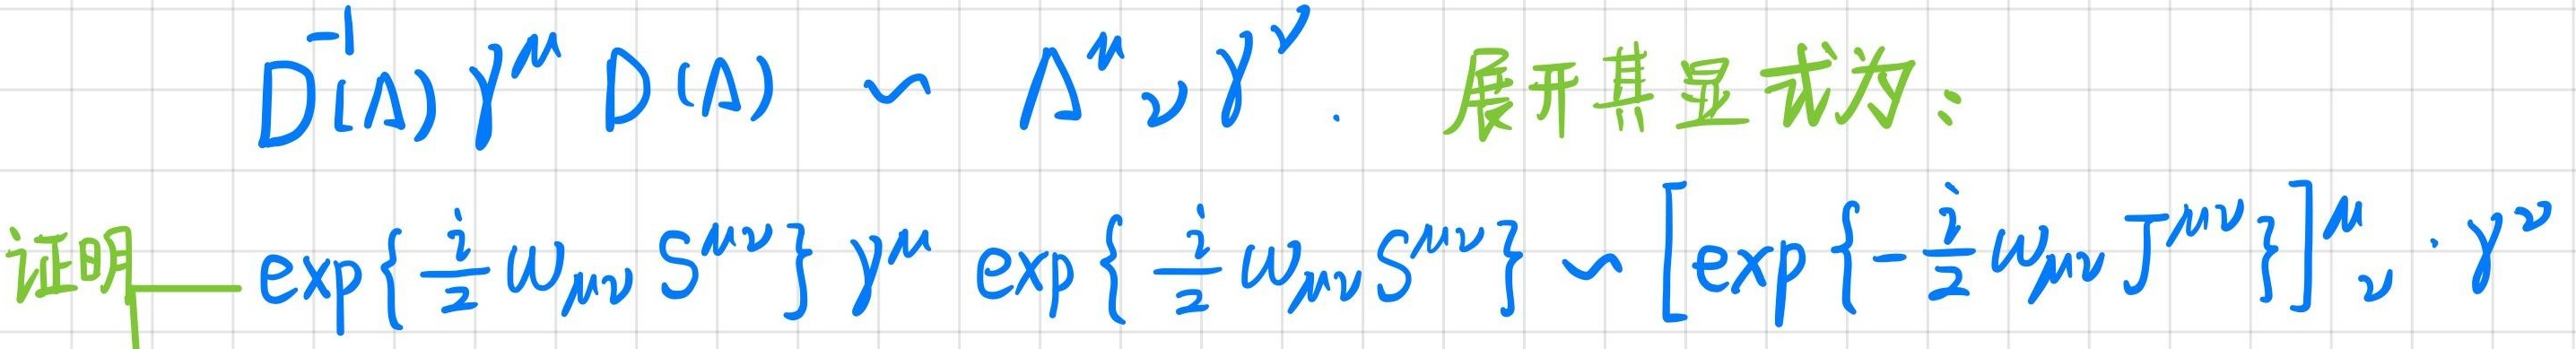
$D(\Lambda)^{-1} \gamma^{\mu} D(\Lambda) \sim \Lambda^{\mu}{}_{\nu} \gamma^{\nu}.$ 展开其显式为:
证明 $\exp \left\{ \frac{i}{2} \omega_{\mu\nu} S^{\mu\nu} \right\} \gamma^{\mu} \exp \left\{ \frac{i}{2} \omega_{\mu\nu} S^{\mu\nu} \right\} \sim \left[ \exp \left\{ - \frac{i}{2} \omega_{\mu\nu} J^{\mu\nu} \right\} \right]^{\mu}{}_{\nu} \cdot \gamma^{\nu}$